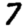
Digit: 7